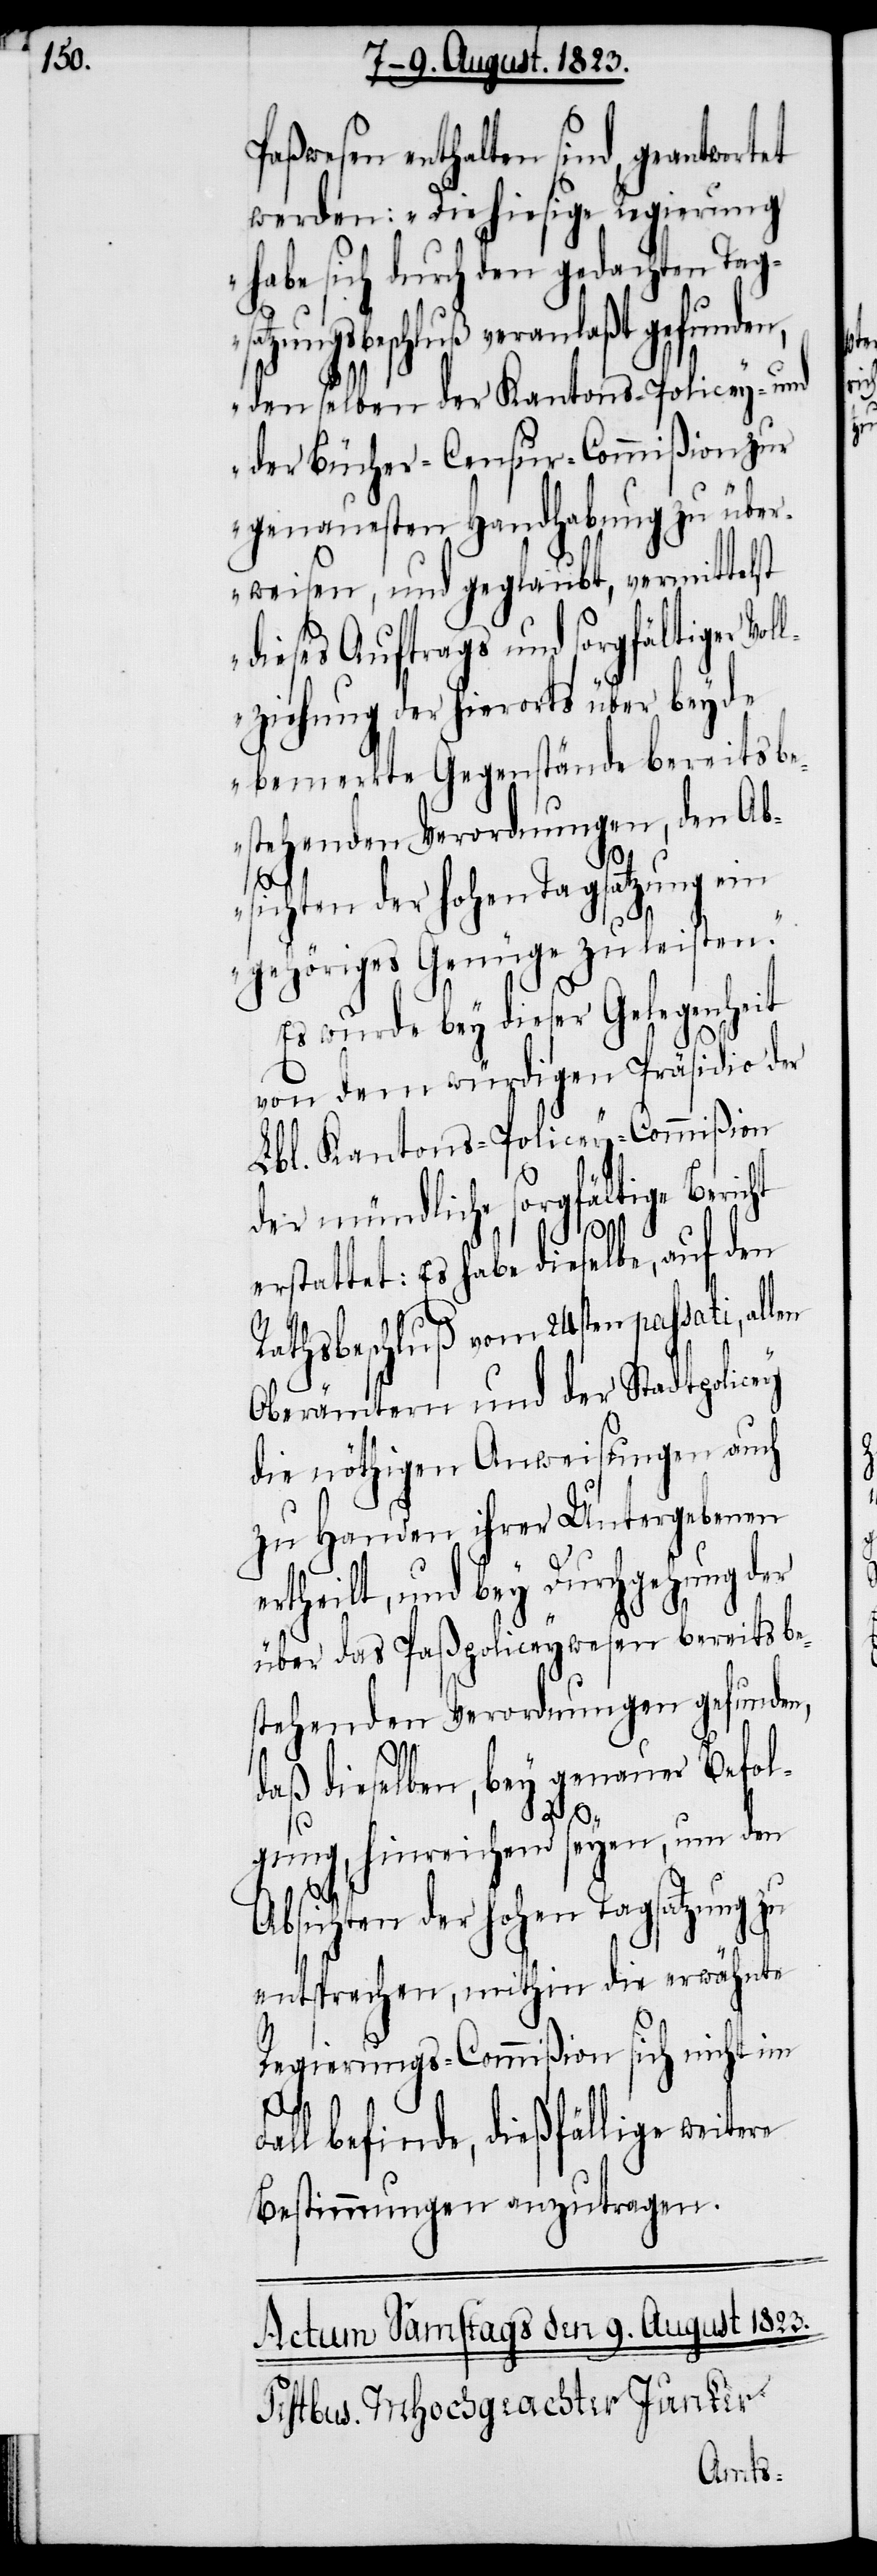
Paßwesen enthalten sind, geantwortet
werden: „Die hiesige Regierung
habe sich durch den gedachten Tag¬
zungsbeschluß veranlaßt gefunde¬
denselben der Kantons-Policey- und
der Bücher-Censur-Commißion zur
genauesten Handhabung zu über¬
weisen, und geglaubt, vermittelst
dieses Auftrags und sorgfältiger Vol¬
lziehung der hierorts über beyde
bemerkte Gegenstände bereits be¬
stehenden Verordnungen, den Ab¬
sichten der hohen Tagsatzung ein
gehöriges Genüge zu leisten.“
Es wurde bey dieser Gelegenheit
von dem würdigen Präsidio der
Lbl. Kantons-Policey-Commißion
der mündliche sorgfältige Beric¬
len
ht
erstattet: Es habe dieselbe, auf den
Rathsbeschluß vom 24sten passati, al¬
Oberämtern und der Stadtpolicey
die nöthigen Anweisungen auch
zu Handen ihrer Untergebenen
ertheilt, und bey Durchgehung der
über das Paßpoliceywesen bereits be¬
stehenden Verordnungen gefunden,
daß dieselben, bey genauer Befol¬
gung, hinreichend seyen, um den
Absichten der hohen Tagsatzung zu
entsprechen, mithin die erwähnte
Regierungs-Commißion sich nicht im
Fall befinde, dießfällige weitere
Bestimmungen anzutragen.